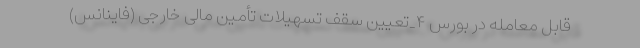
قابل معامله در بورس ۴_تعیین سقف تسهیلات تأمین مالی خارجی (فاینانس)